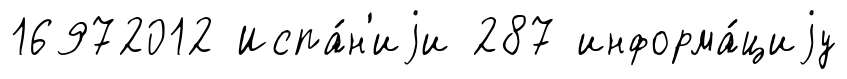
16972012 Испа́н'иjи 287 информа́циjу